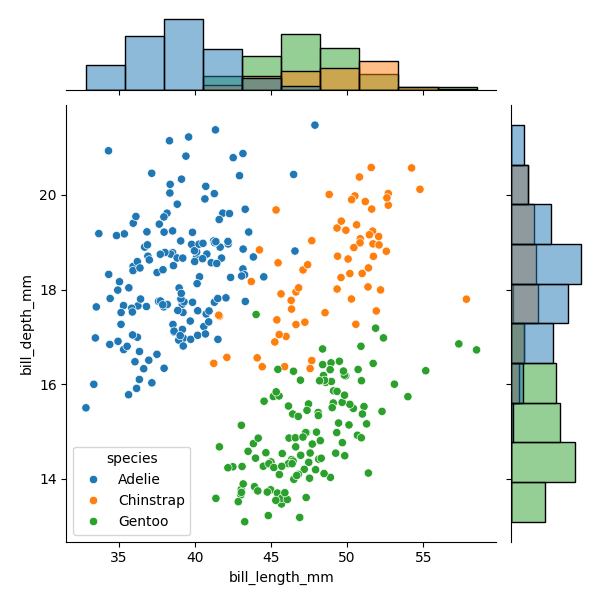
python, seaborn, JointGrid, scatterplot, histplot, hue